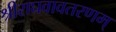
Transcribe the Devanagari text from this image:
श्रीराघवावतरणम्